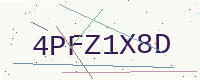
Text: 4PFZ1X8D